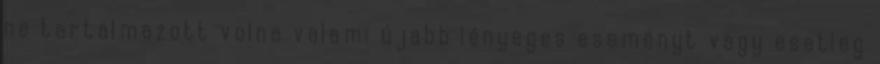
ne tartalmazott volna valami újabb lényeges eseményt vagy esetleg